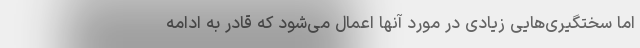
اما سختگیری‌هایی زیادی در مورد آنها اعمال می‌شود که قادر به ادامه